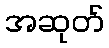
အဆုတ်